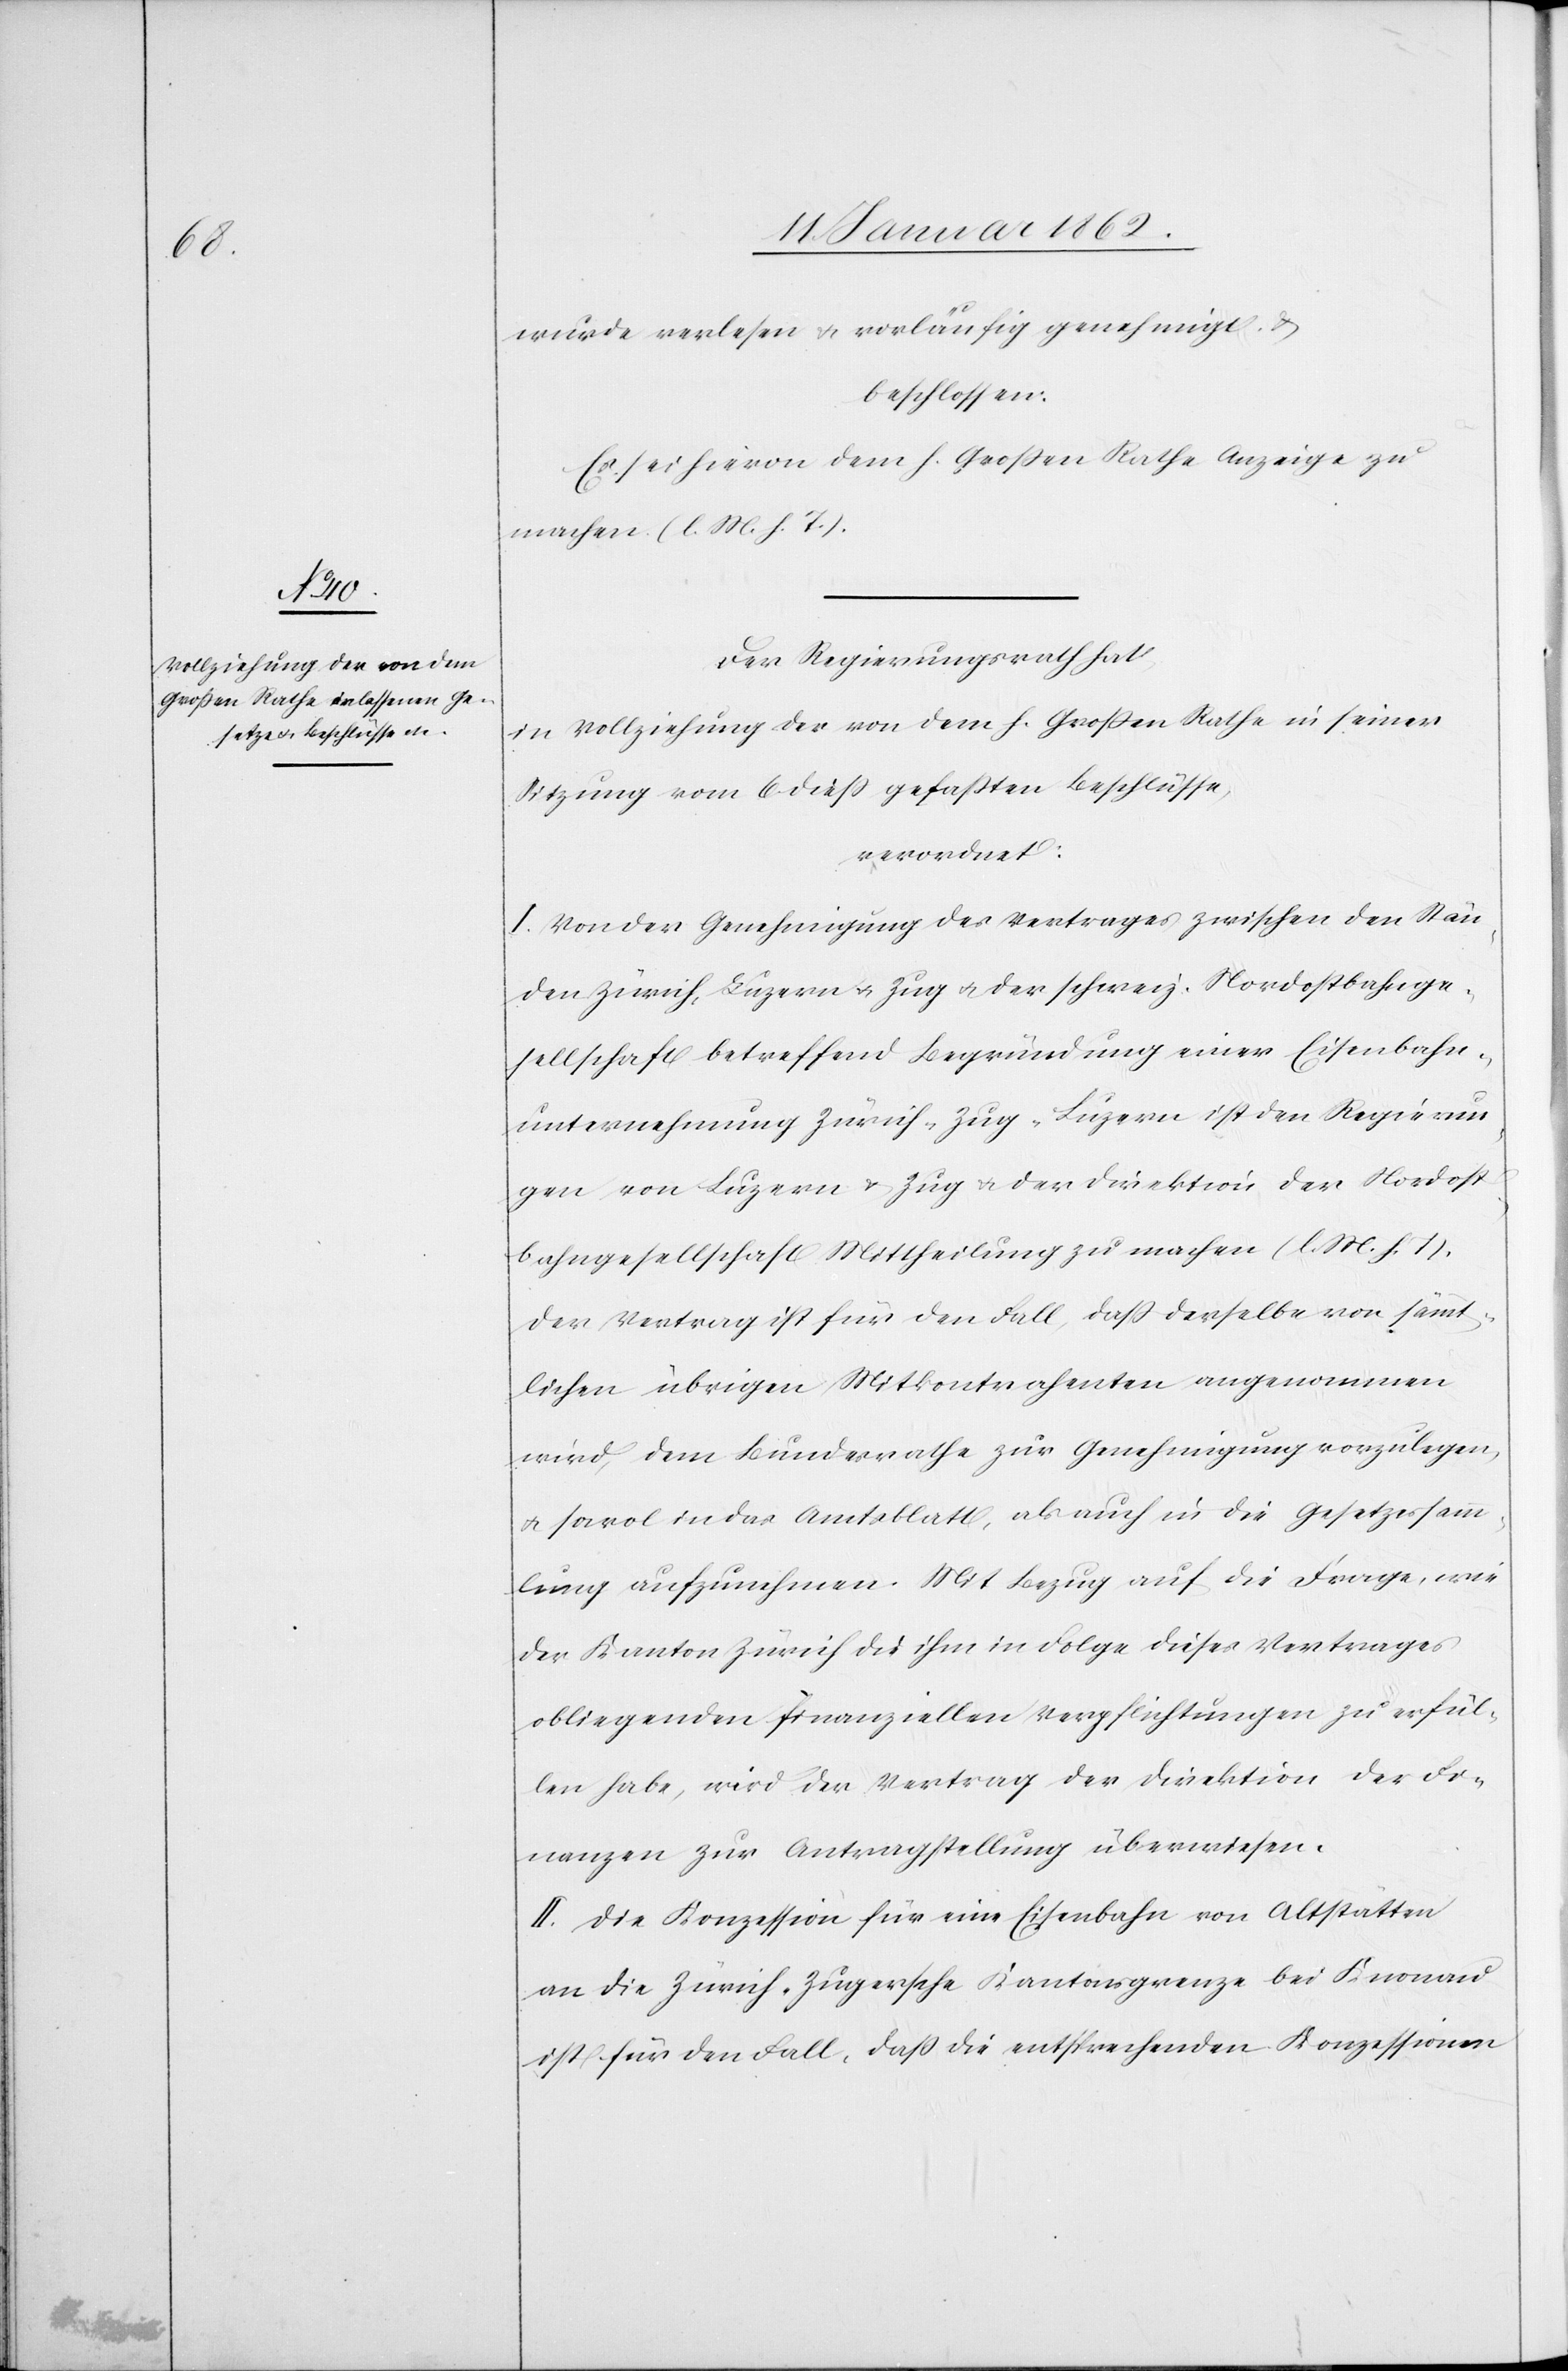
rath

wurde verlesen u. vorläufig genehmigt u.
beschlossen:
Es sei hievon dem h. Großen Rathe Anzeige zu
machen (l. M. h. T.).
in Vollziehung der von dem h. Großen Rathe in seiner
Sitzung vom 6 dieß gefaßten Beschlüsse,
verordnet:
I. Von der Genehmigung des Vertrages zwischen den Stän¬
den Zürich, Luzern u. Zug u. der schweiz. Nordostbahnge¬
sellschaft betreffend Begründung einer Eisenbahn¬
unternehmung Zürich-Zug-Luzern ist den Regierun¬
gen von Luzern u. Zug u. der Direktion der Nordost¬
bahngesellschaft Mittheilung zu machen (l. M. h. T.).
Der Vertrag ist für den Fall, daß derselbe von sämmt¬
lichen übrigen Mitkontrahenten angenommen
wird, dem Bundesrathe zur Genehmigung vorzulegen,
u. sowol in das Amtsblatt, als auch in die Gesetzessamm¬
lung aufzunehmen. Mit Bezug auf die Frage, wie
der Kanton Zürich die ihm in Folge dieses Vertrages
obliegenden finanziellen Verpflichtungen zu erfül¬
len habe, wird der Vertrag der Direktion der Fi¬
nanzen zur Antragstellung überwiesen.
II. Die Konzession für eine Eisenbahn von Altstätten
an die Zürich-Zugersche Kantonsgrenze bei Knonau
ist für den Fall, daß die entsprechenden Konzessionen